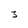
Character: 3